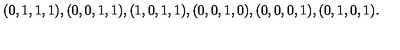
( 0 , 1 , 1 , 1 ) , ( 0 , 0 , 1 , 1 ) , ( 1 , 0 , 1 , 1 ) , ( 0 , 0 , 1 , 0 ) , ( 0 , 0 , 0 , 1 ) , ( 0 , 1 , 0 , 1 ) .